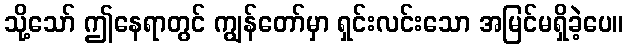
သို့သော် ဤနေရာတွင် ကျွန်တော်မှာ ရှင်းလင်းသော အမြင်မရှိခဲ့ပေ။